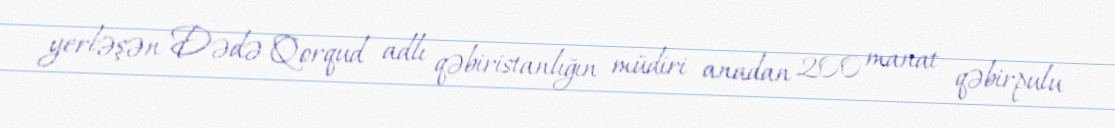
yerləşən Dədə Qorqud adlı qəbiristanlığın müdiri anadan 200 manat qəbirpulu